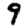
Digit: 9